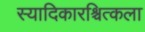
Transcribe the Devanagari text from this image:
स्यादिकारश्चित्कला